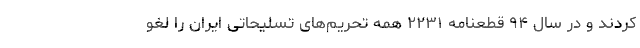
کردند و در سال ۹۴ قطعنامه ۲۲۳۱ همه تحریم‌های تسلیحاتی ایران را لغو